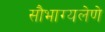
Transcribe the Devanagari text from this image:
सौभाग्यलेणे